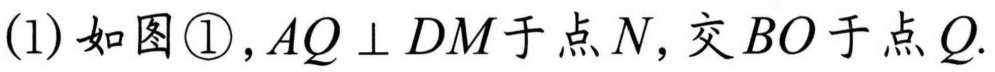
(1)如图\textcircled{1}, \(AQ\perp DM\)于点\(N\),交\(BO\)于点\(Q\).